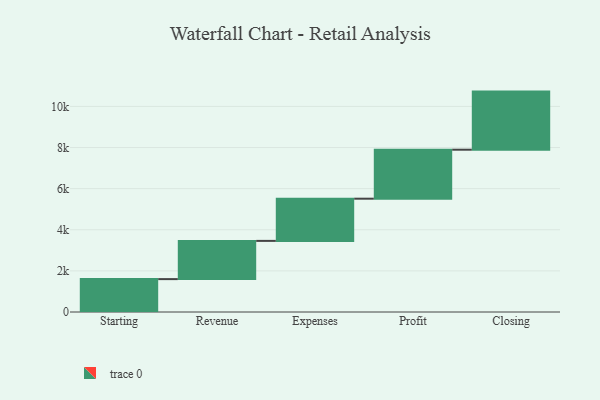
{"axis": {"x": "Step", "y": "Value"}, "legend": [""], "data": [{"x": "Starting", "y": 1600.0, "type": ""}, {"x": "Revenue", "y": 1859.0, "type": ""}, {"x": "Expenses", "y": 2053.0, "type": ""}, {"x": "Profit", "y": 2383.0, "type": ""}, {"x": "Closing", "y": 2826.0, "type": ""}]}